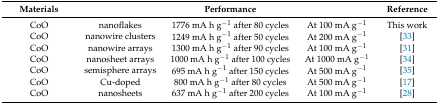
| Materials |  | Performance |  | Reference |
 | --- | --- | --- | --- | --- |
 | CoO | nanoflakes | 1776 mA h g−1 after 80 cycles | At 100 mA g−1 | This work |
 | CoO | nanowire clusters | 1249 mA h g−1 after 50 cycles | At 200 mA g−1 | [33] |
 | CoO | nanowire arrays | 1300 mA h g−1 after 90 cycles | At 100 mA g−1 | [31] |
 | CoO | nanosheet arrays | 1000 mA h g−1 after 100 cycles | At 1000 mA g−1 | [34] |
 | CoO | semisphere arrays | 695 mA h g−1 after 150 cycles | At 500 mA g−1 | [35] |
 | CoO | Cu-doped | 800 mA h g−1 after 80 cycles | At 500 mA g−1 | [17] |
 | CoO | nanosheets | 637 mA h g−1 after 200 cycles | At 100 mA g−1 | [28] |